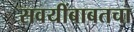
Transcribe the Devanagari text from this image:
सवयींबाबतचा